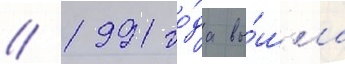
// 1991 го́да вы́шла